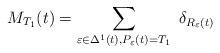
LaTeX: \begin{align*}M_{T_1} (t) = \sum_{\varepsilon \in \Delta^1 (t) , P_{\varepsilon}(t) = T_1}\ \delta_{R_{\varepsilon} (t)}\end{align*}